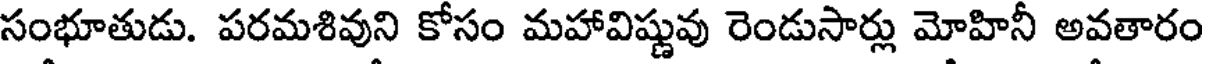
సంభూతుడు. పరమశివుని కోసం మహావిష్ణువు రెండుసార్లు మోహినీ అవతారం